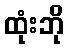
ထုံးဘို